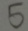
5